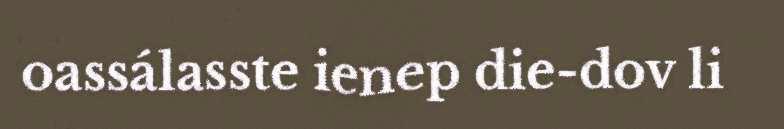
oassálasste ienep die-dov li